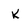
Character: k